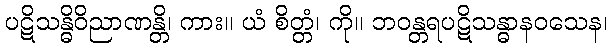
ပဋိသန္ဓိဝိညာဏန္တိ၊ ကား။ ယံ စိတ္တံ၊ ကို။ ဘဝန္တရပဋိသန္ဓာနဝသေန၊